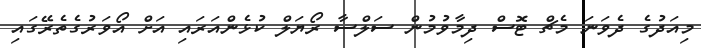
މިއަދުގެ ދެވަނަ މެޗް ޓޮސް ދިމާވުމުން ސަލްސާ ރޯޔަލް ކުޅެންއަރައި އަށް އޯވަރުގެތެރޭގައި